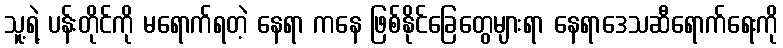
သူ့ရဲ့ ပန်းတိုင်ကို မရောက်ရတဲ့ နေရာ ကနေ ဖြစ်နိုင်ခြေတွေများရာ နေရာဒေသဆီရောက်ရေးကို